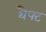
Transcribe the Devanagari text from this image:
थैफ्ट